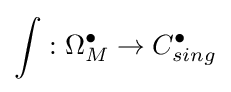
\int :\Omega _{M}^{\bullet }\to C_{sing}^{\bullet }